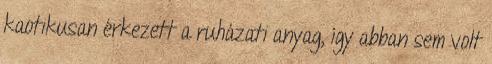
kaotikusan érkezett a ruházati anyag, így abban sem volt